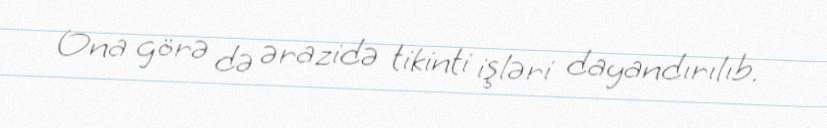
Ona görə də ərazidə tikinti işləri dayandırılıb.